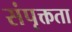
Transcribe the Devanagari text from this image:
संपृक्तता